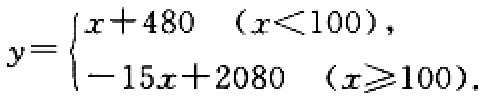
\[
y=
\begin{cases}
x + 480&(x<100),\\
- 15x + 2080&(x\geq100).
\end{cases}
\]